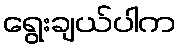
ရွေးချယ်ပါက